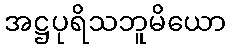
အဋ္ဌပုရိသဘူမိယော